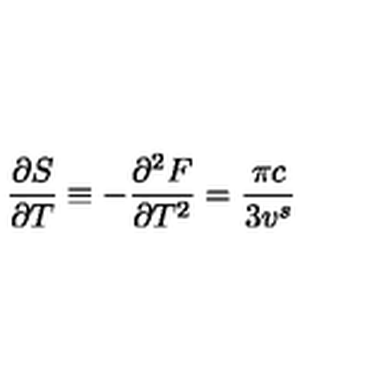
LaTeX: \frac { \partial S } { \partial T } \equiv - \frac { \partial ^ { 2 } F } { \partial T ^ { 2 } } = \frac { \pi c } { 3 v ^ { s } }